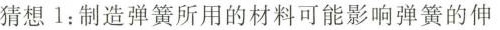
猜想1：制造弹簧所用的材料可能影响弹簧的伸